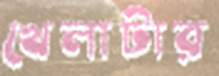
খেলাটার